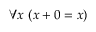
\forall x \ ( x + 0 = x )